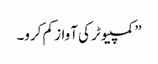
” کمپیوٹر کی آواز کم کرو۔